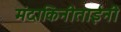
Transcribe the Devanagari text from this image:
मंदाकिनीताईंनी